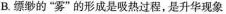
B.缥缈的”雾”的形成是吸热过程，是升华现象